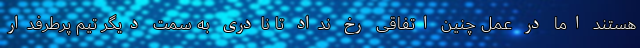
هستند اما در عمل چنین اتفاقی رخ نداد تا نادری به سمت دیگر تیم پرطرفدار